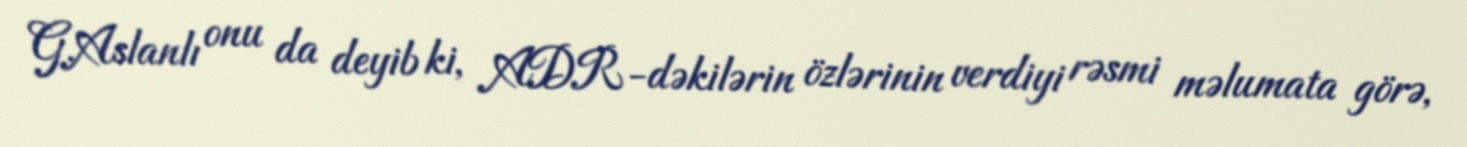
G.Aslanlı onu da deyib ki, ADR-dəkilərin özlərinin verdiyi rəsmi məlumata görə,